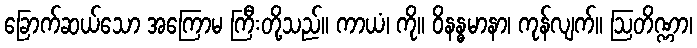
ခြောက်ဆယ်သော အကြောမ ကြီးတို့သည်။ ကာယံ၊ ကို။ ဝိနန္ဓမာနာ၊ ကုန်လျက်။ ဩတိဏ္ဏာ၊